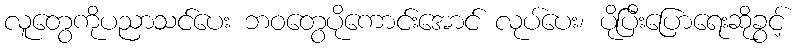
လူတွေကိုပညာသင်ပေး ဘဝတွေပိုကောင်းအောင် လုပ်ပေး၊ ပိုပြီးပြောရေးဆိုခွင့်